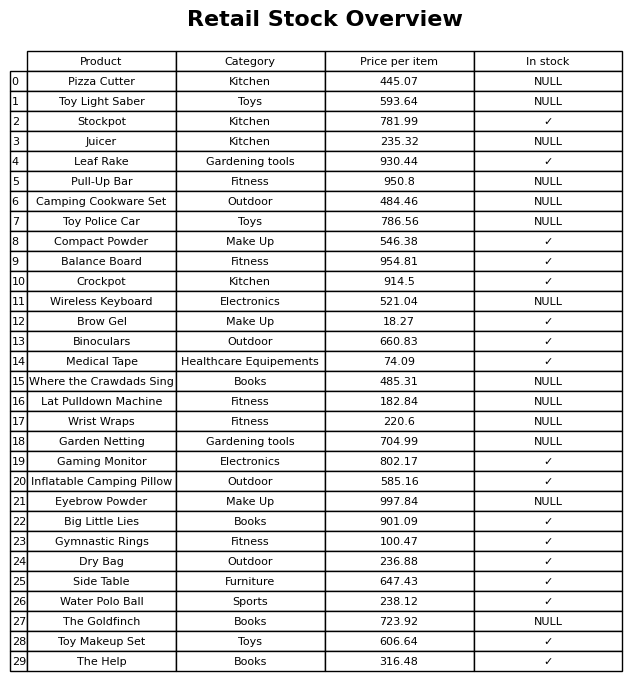
question: Is the Stockpot in stock?
answer: ✓